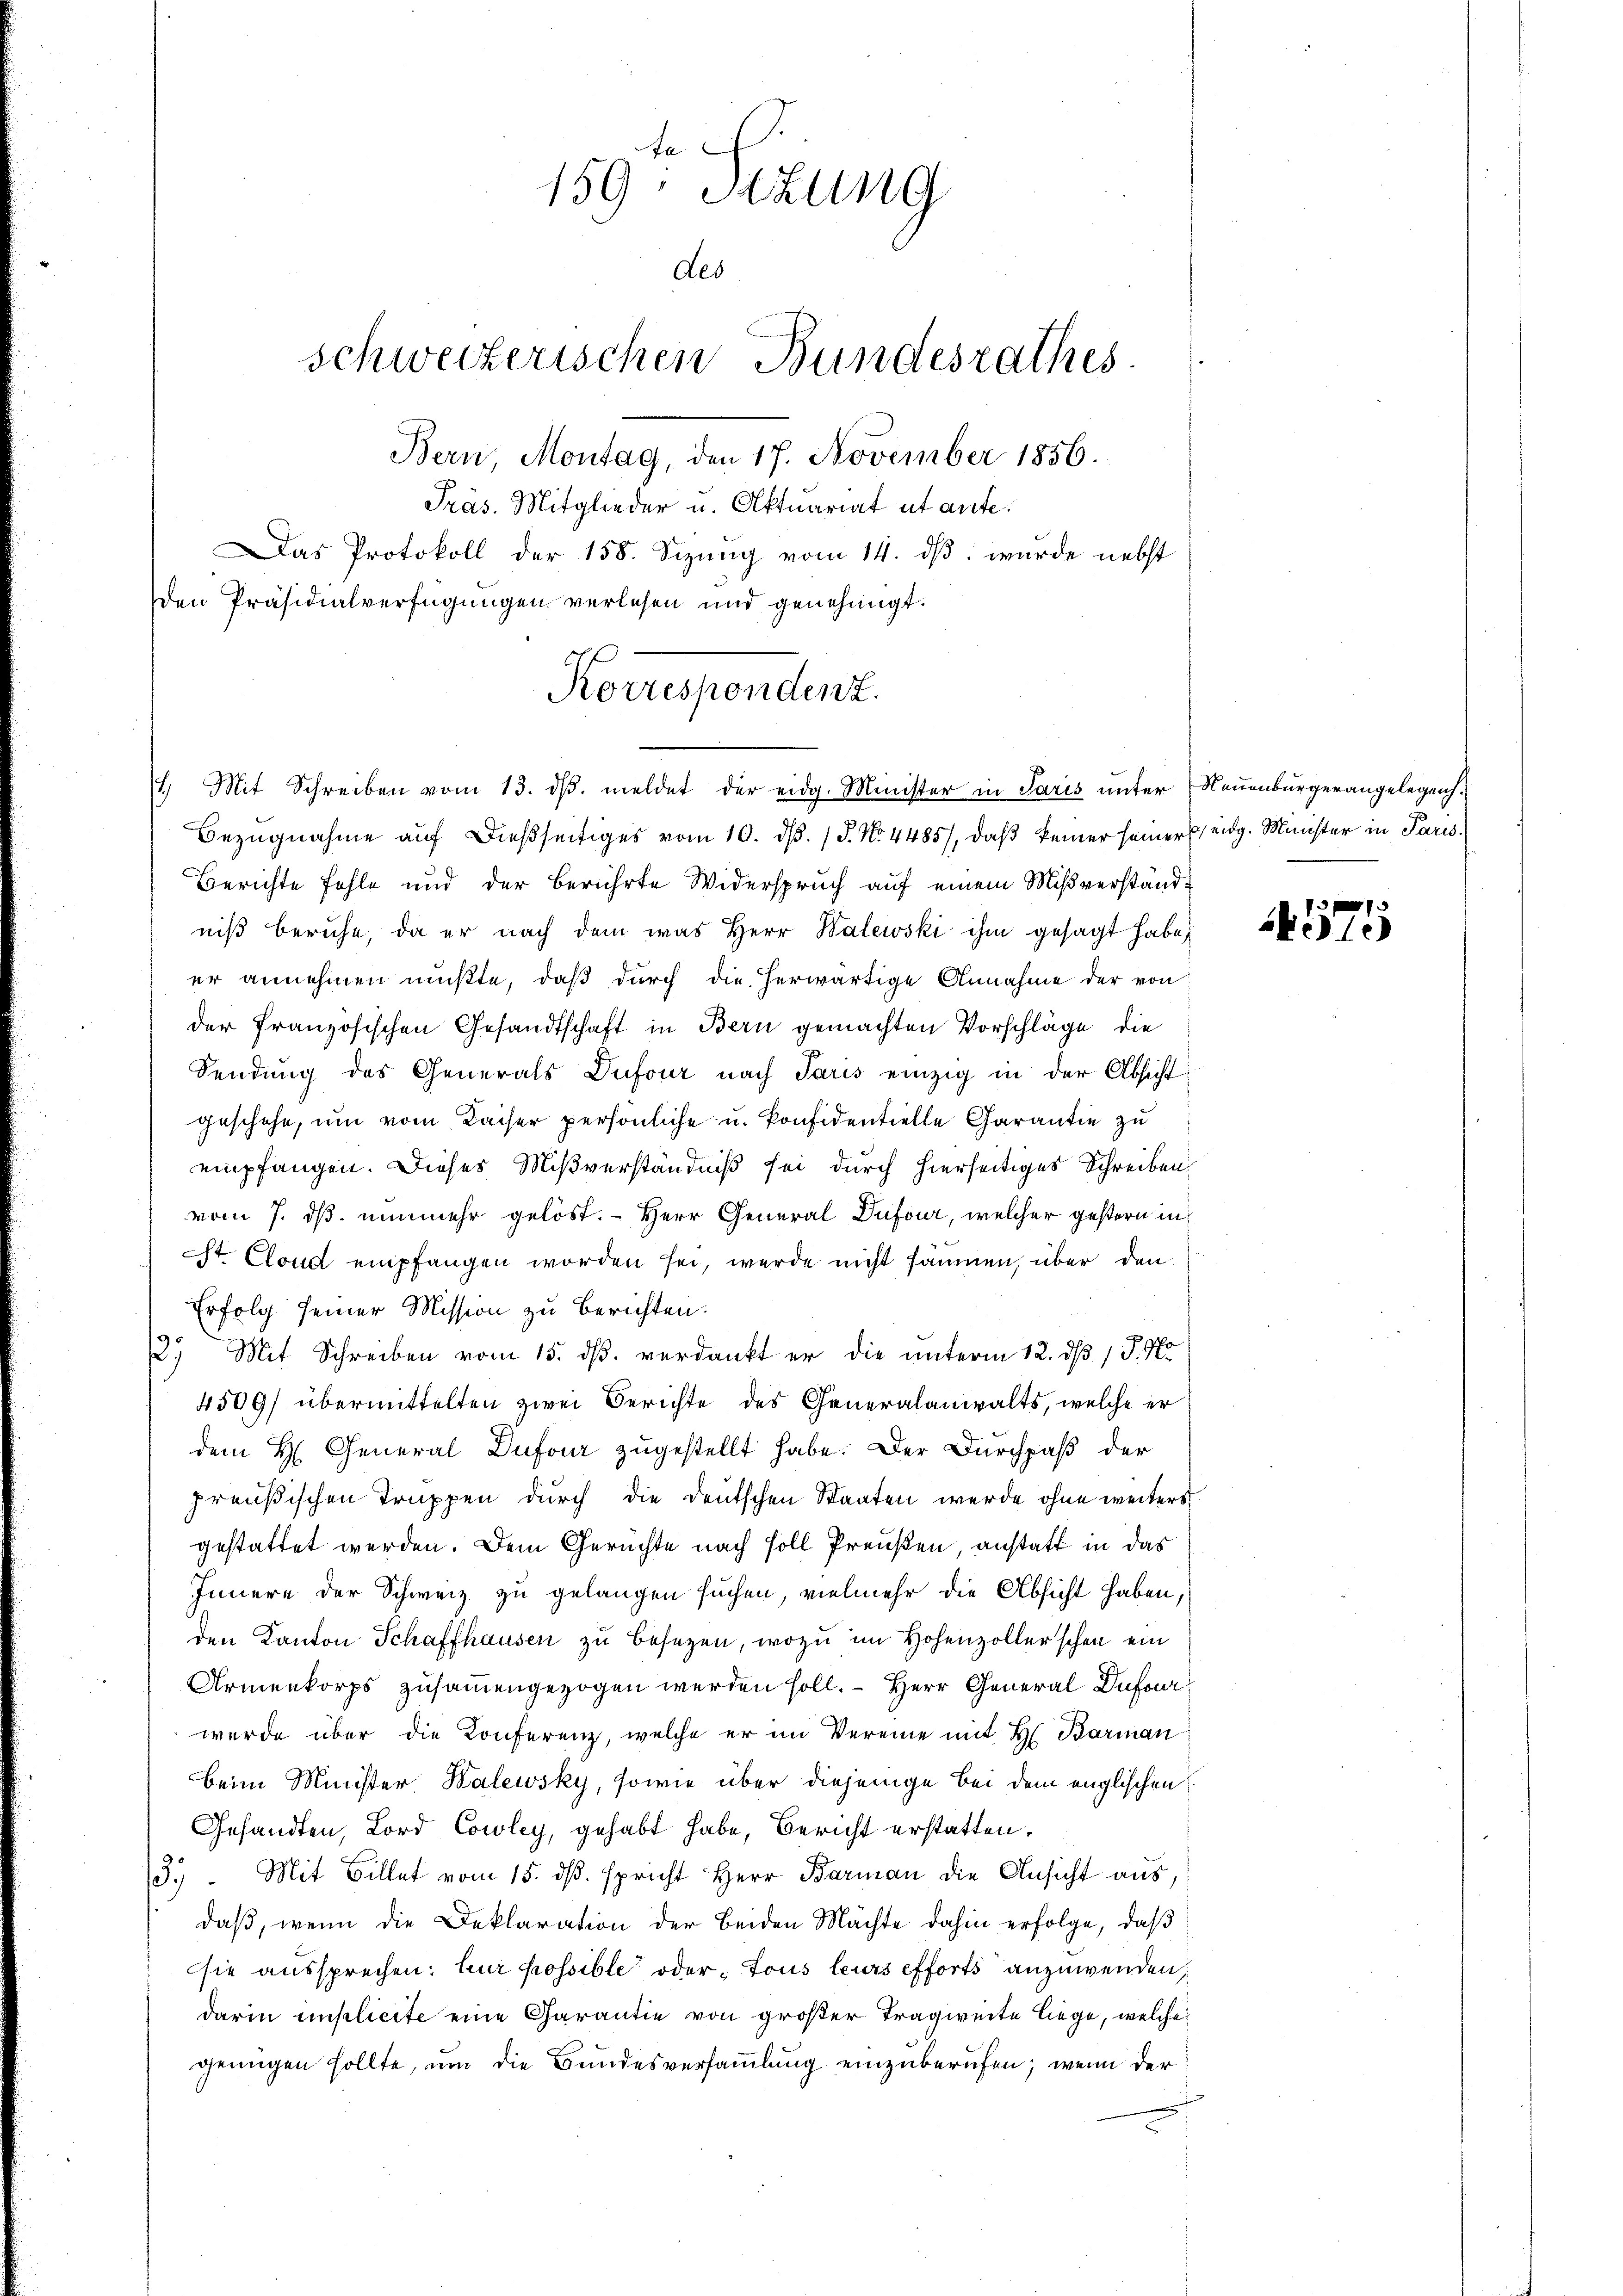
te
159: Sitzung
des
schweizerischen Bundesrathes
Bern, Montag, den 17. November 1856.
Präs. Mitglieder u. Aktuariat et aufe.
Das Protokoll der 158. Sizŭng vom 14. dβ. wurde nebst
den Präsidialverfügungen verlesen und genehmigt.

Bezugnahme auf dießseitiges vom 10. d. 15. No. 4485), daß keiner seiner eidg. Minister in Paris.
Berichte fehle und der berührte Widerspruch auf einem Mißverständniß beruhe, da er nach dem was Herr Balewski ihm gesagt habe,
er annehmen müßte, daβ dŭrch die herwärtige Annahme der von
der französischen Gesandtschaft in Bern gemachten Vorschläge, die
Sendung des Generals Dufour nach Paris einzig in der Absicht
geschehe, um vom Kaiser persönliche u. konfidentielle Charantie zu
empfangen. Dieses Mißverständniß sei durch hierseitiges Schreiben
vom 7. ds nunmehr gelöst. - Herr General Dufour, welcher gestern in
ist Cloud empfangen worden sei, werde nicht säumen, über den
Erfolg seiner Mission zu berichten.
2) Mit Schreiben vom 15. dß. verdankt er die unterm 12. dß 1 S. Ho
4509/ übermittelten zwei Berichte des Generalanwalts, welche er
dem H. General Dufour zugestellt habe. Der Durchpaß der
preußischen Truppen durch die deutschen Staaten werde ohne weiters
gestattet werden. Dem Gerüchte nach soll Preußen, anstatt in das
Innere der Schweiz zu gelangen suchen, vielmehr die Absicht haben,
den Kanton Schaffhausen zu besezen, wozu im Hohenzollerschen ein
Armenkorps zusammengezogen werden soll. – Herr General Dufour
wurde über die Konferenz, welche er im Vereine mit H. Barman
beim Minister Kalewsky, sowie über diejenige bei dem englischen
Gesandten, Lord Cowley, gehabt habe, Bericht erstatten,
3.) Mit Billet vom 15. dβ. spricht Herr Barman die Ansicht aus,
daβ, wenn die Deklaration der Beiden Mächte dahin erfolge, daß
sie aussprechen: Zur possible oder Tous leurs efforts anzuwenden
darin implicite eine Garantie von großer Tragweite liege, welche
genügen sollte, um die Bundesversammlung einzuberufen; wenn der

Korrespondent.
. Mit Schreiben vom 13. dβ. meldet der eidg. Minister in Paris ŭnter Neuenburgerangelegen.

575